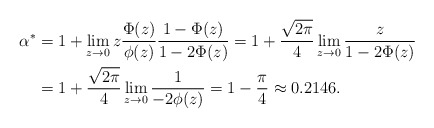
\begin{align*}\alpha^*&=1+\lim_{z\rightarrow 0}z\frac{\Phi(z)}{\phi(z)}\frac{1-\Phi(z)}{1-2\Phi(z)}=1+\frac{\sqrt{2\pi}}{4}\lim_{z\rightarrow 0}\frac{z}{1-2\Phi(z)}\\&=1+\frac{\sqrt{2\pi}}{4}\lim_{z\rightarrow 0}\frac{1}{-2\phi(z)}=1-\frac{\pi}{4}\approx0.2146.\end{align*}